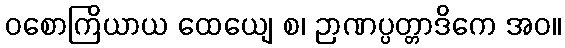
ဝစောကြိယာယ ထေယျေ စ၊ ဉာဏပ္ပတ္တာဒိကေ အဝ။